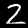
Digit: 2